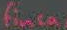
finca